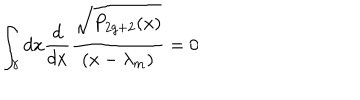
LaTeX: \int _ { \gamma } d x { \frac { d } { d x } } { \frac { \sqrt { P _ { 2 g + 2 } ( x ) } } { ( x - \lambda _ { m } ) } } = 0